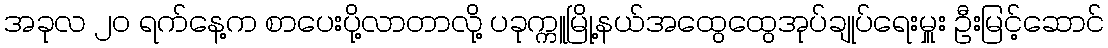
အခုလ ၂၀ ရက်နေ့က စာပေးပို့လာတာလို့ ပခုက္ကူမြို့နယ်အထွေထွေအုပ်ချုပ်ရေးမှူး ဦးမြင့်ဆောင်